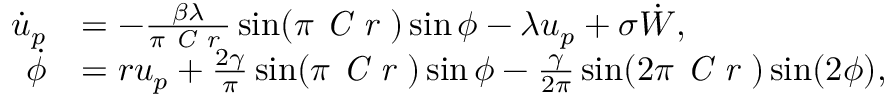
\begin{array} { r l } { \dot { u } _ { p } } & { = - \frac { \beta \lambda } { \pi \mathrm { \textit { C r } } } \sin ( \pi \mathrm { \textit { C r } } ) \sin \phi - \lambda u _ { p } + \sigma \dot { W } , } \\ { \dot { \phi } } & { = r u _ { p } + \frac { 2 \gamma } { \pi } \sin ( \pi \mathrm { \textit { C r } } ) \sin \phi - \frac { \gamma } { 2 \pi } \sin ( 2 \pi \mathrm { \textit { C r } } ) \sin ( 2 \phi ) , } \end{array}